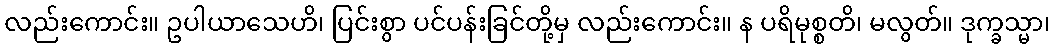
လည်းကောင်း။ ဥပါယာသေဟိ၊ ပြင်းစွာ ပင်ပန်းခြင်တို့မှ လည်းကောင်း။ န ပရိမုစ္စတိ၊ မလွတ်။ ဒုက္ခသ္မာ၊